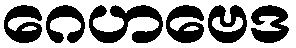
ဂေဟဗေဒ